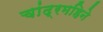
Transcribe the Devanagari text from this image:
चांद्रमहिने